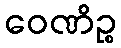
ဝေဏိဉ္စ